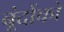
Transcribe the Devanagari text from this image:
बूंदोंको